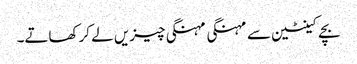
بچے کینٹین سے مہنگی مہنگی چیزیں لے کر کھاتے۔